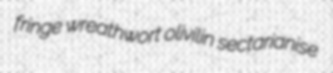
fringe wreathwort olivilin sectarianise